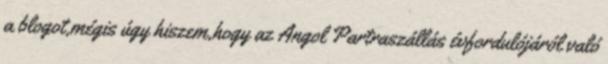
a blogot,mégis úgy hiszem,hogy az Angol Partraszállás évfordulójáról való